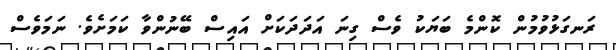
ރަނގަޅުވުމުން ކޮންމެ ބަޔަކު ވެސް ގިނަ އަދަދަކަށް އައިސް ބޭނުންވާ ކަމަށެވެ. ނަމަވެސް